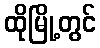
ထိုမြို့တွင်